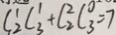
C ^ { 1 } _ { 2 } C _ { 3 } ^ { 1 } + C _ { 2 } ^ { 2 } C _ { 3 } ^ { 0 } = 7